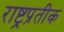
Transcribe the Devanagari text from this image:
राष्ट्रप्रतीक